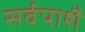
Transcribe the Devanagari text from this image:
सर्वपाशै